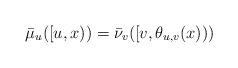
LaTeX: \begin{align*}\bar{\mu}_{u}([u,x))=\bar{\nu}_{v}([v,\theta_{u,v}(x)))\end{align*}